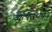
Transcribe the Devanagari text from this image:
व्युत्पत्त्यर्थ